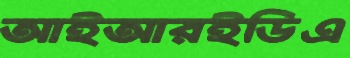
আইআরইডিএ